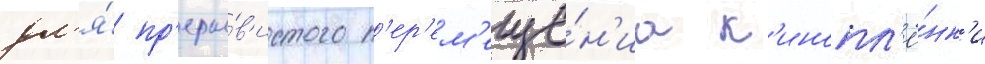
дл'я́ пр'еры́в'истого п'ер'ем'еще́н'иа к'инопл'ё́нк'и